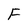
Character: F